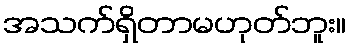
အသက်ရှိတာမဟုတ်ဘူး။